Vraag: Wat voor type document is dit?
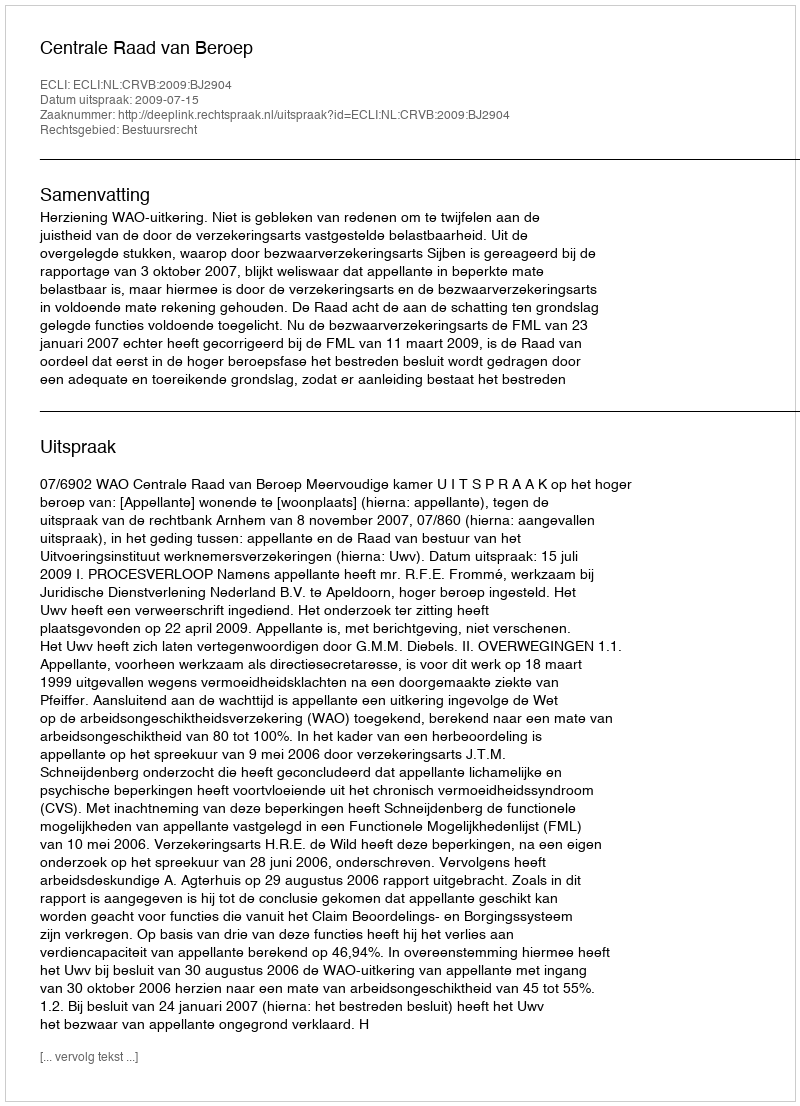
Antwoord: Uitspraak